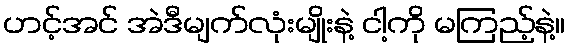
ဟင့်အင် အဲဒီမျက်လုံးမျိုးနဲ့ ငါ့ကို မကြည့်နဲ့။